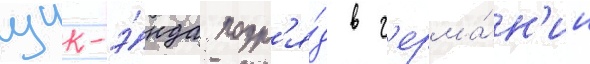
уик-э́нда подр'я́д в г'ерма́н'ии